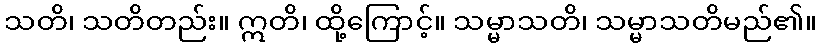
သတိ၊ သတိတည်း။ ဣတိ၊ ထို့ကြောင့်။ သမ္မာသတိ၊ သမ္မာသတိမည်၏။